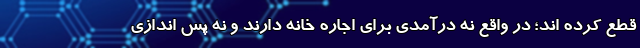
قطع کرده اند؛ در واقع نه درآمدی برای اجاره خانه دارند و نه پس اندازی